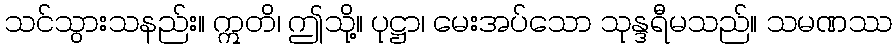
သင်သွားသနည်း။ ဣတိ၊ ဤသို့။ ပုဋ္ဌာ၊ မေးအပ်သော သုန္ဒရီမသည်။ သမဏဿ